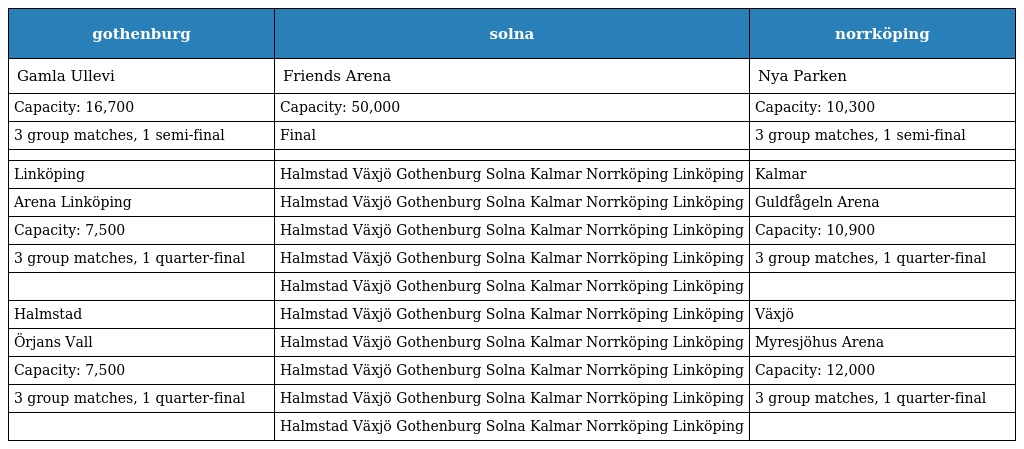
| gothenburg | solna | norrköping |
 | --- | --- | --- |
 | Gamla Ullevi | Friends Arena | Nya Parken |
 | Capacity: 16,700 | Capacity: 50,000 | Capacity: 10,300 |
 | 3 group matches, 1 semi-final | Final | 3 group matches, 1 semi-final |
 |  |  |  |
 | Linköping | Halmstad Växjö Gothenburg Solna Kalmar Norrköping Linköping | Kalmar |
 | Arena Linköping | Halmstad Växjö Gothenburg Solna Kalmar Norrköping Linköping | Guldfågeln Arena |
 | Capacity: 7,500 | Halmstad Växjö Gothenburg Solna Kalmar Norrköping Linköping | Capacity: 10,900 |
 | 3 group matches, 1 quarter-final | Halmstad Växjö Gothenburg Solna Kalmar Norrköping Linköping | 3 group matches, 1 quarter-final |
 |  | Halmstad Växjö Gothenburg Solna Kalmar Norrköping Linköping |  |
 | Halmstad | Halmstad Växjö Gothenburg Solna Kalmar Norrköping Linköping | Växjö |
 | Örjans Vall | Halmstad Växjö Gothenburg Solna Kalmar Norrköping Linköping | Myresjöhus Arena |
 | Capacity: 7,500 | Halmstad Växjö Gothenburg Solna Kalmar Norrköping Linköping | Capacity: 12,000 |
 | 3 group matches, 1 quarter-final | Halmstad Växjö Gothenburg Solna Kalmar Norrköping Linköping | 3 group matches, 1 quarter-final |
 |  | Halmstad Växjö Gothenburg Solna Kalmar Norrköping Linköping |  |